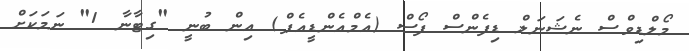
މޯލްޑިވްސް ނެޝަނަލް ޑިފެންސް ފޯސް (އެމްއެންޑީއެފް) އިން ބުނީ "ގިޓާނާ 1" ނަމަކަށް